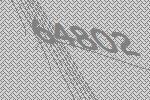
64802